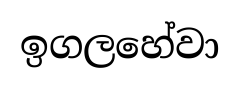
ඉගලහේවා